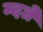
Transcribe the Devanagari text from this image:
म्दते